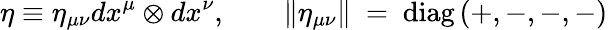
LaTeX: \eta\equiv\eta_{\mu\nu}dx^{\mu}\otimes dx^{\nu},\qquad\| \eta_{\mu\nu}\| ~=~\mathrm{diag}\, (+,-,-,-)